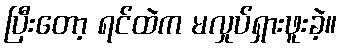
ပြီးတော့ ရင်ထဲက မလှုပ်ရှားဖူးခဲ့။